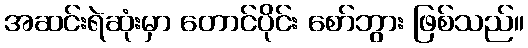
အဆင်းရဲဆုံးမှာ တောင်ပိုင်း စော်ဘွား ဖြစ်သည်။